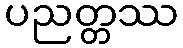
ပညတ္တဿ